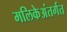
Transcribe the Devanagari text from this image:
मलिकेअंतर्गत